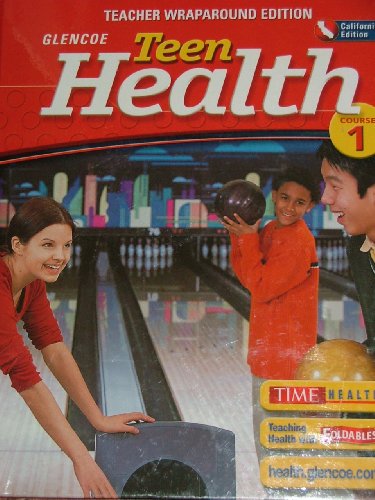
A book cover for Glencoe Teen Health Teacher Wraparound Edition, Calif. Edition (Course 1); Mary H. Bronson; Health, Fitness & Dieting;